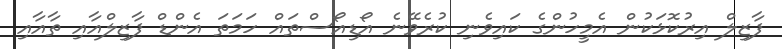
ފާޒިލް އިރުކޮޅަކުން އެމީހުންގެ ކައިވެނި ކުރެވޭނެ އޯޑިއޯސްތައް ހަމަތަ އެންޑް ފާޒިލްއާއި ތާއާއި